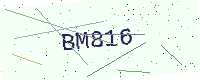
Text: BM816